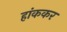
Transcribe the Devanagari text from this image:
हांककर